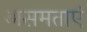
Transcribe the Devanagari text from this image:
असमताएं